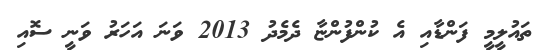
ތައުލީމީ ފަންޑާއި އެ ކުންފުންޏާ ދެމެދު 2013 ވަނަ އަހަރު ވަނީ ސޮއި